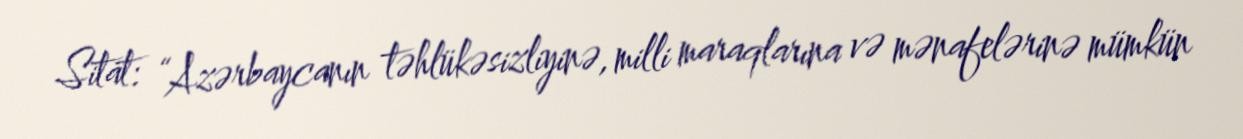
Sitat: “Azərbaycanın təhlükəsizliyinə, milli maraqlarına və mənafelərinə mümkün